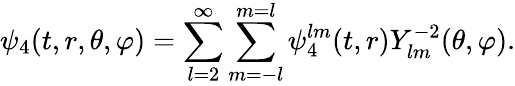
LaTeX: \psi_{4}(t,r,\theta,\varphi)=\sum_{l=2}^{\infty}\sum_{m=-l}^{m=l}\psi_{4}^{lm}(t,r)Y_{lm}^{-2}(\theta,\varphi).